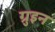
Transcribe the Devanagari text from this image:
ग्रुइन